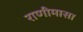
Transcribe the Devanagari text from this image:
राणीमासा